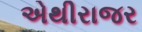
એથીરાજર